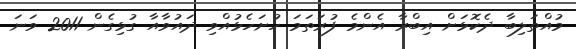
މުއްތަލިބާ ދެކޮޅަށް އިބްރާ އެންމެ ފުރަތަމަ ހުށަހެޅުއްވި ދައުވާއާ ގުޅިގެން 2011 ވަނަ